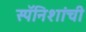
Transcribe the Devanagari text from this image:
स्पॅनिशांची